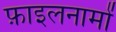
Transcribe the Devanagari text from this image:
फ़ाइलनामों